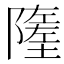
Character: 𨼰